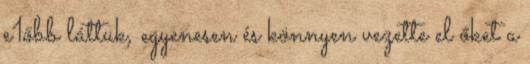
e1őbb láttuk, egyenesen és könnyen vezette el őket a